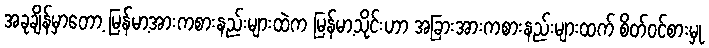
အခုချိန်မှာတော့ မြန်မာ့အားကစားနည်းများထဲက မြန်မာ့သိုင်းဟာ အခြားအားကစားနည်းများထက် စိတ်ဝင်စားမှု